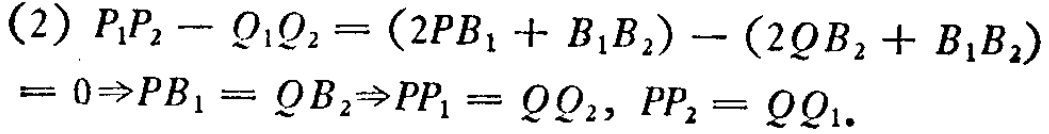
(2) \(P_{1}P_{2}-Q_{1}Q_{2}=(2PB_{1}+B_{1}B_{2})-(2QB_{2}+B_{1}B_{2})\)
\(=0\Rightarrow PB_{1}=QB_{2}\Rightarrow PP_{1}=QQ_{2},\ PP_{2}=QQ_{1}\).